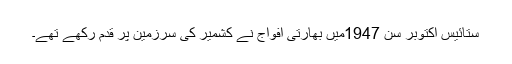
ستائیس اکتوبر سن 1947میں بھارتی افواج نے کشمیر کی سرزمین پر قدم رکھے تھے۔